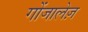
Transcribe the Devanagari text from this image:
गोंजालेज़